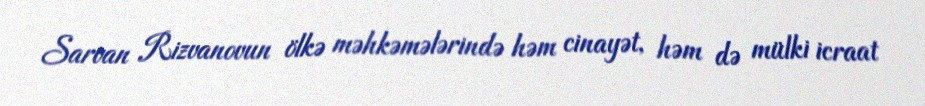
Sarvan Rizvanovun ölkə məhkəmələrində həm cinayət, həm də mülki icraat